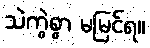
သဲကွဲစွာ မမြင်ရ။